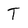
Character: T